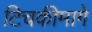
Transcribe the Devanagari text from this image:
टिचकीमागे